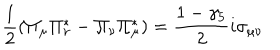
\frac { 1 } { 2 } ( \Pi _ { \mu } \Pi _ { \nu } ^ { * } - \Pi _ { \nu } \Pi _ { \mu } ^ { * } ) = \frac { 1 - \gamma _ { 5 } } { 2 } i \sigma _ { \mu \nu }